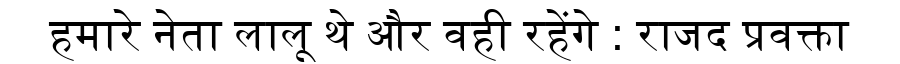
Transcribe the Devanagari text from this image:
हमारे नेता लालू थे और वही रहेंगे : राजद प्रवक्ता